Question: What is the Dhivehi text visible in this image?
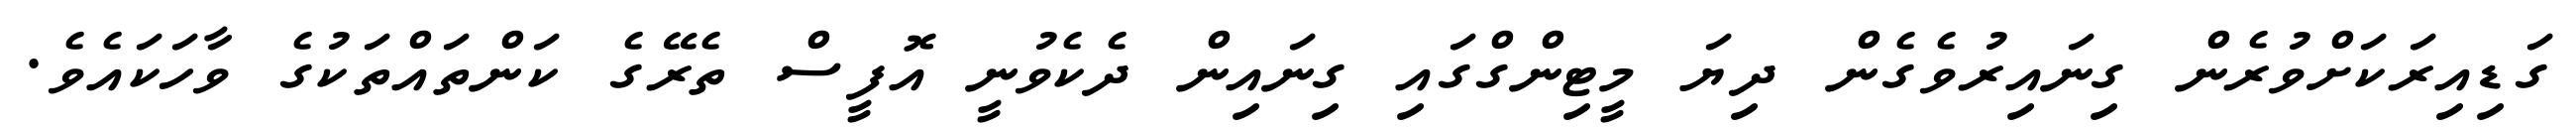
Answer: ގަޑިއިރަކަށްވުރެން ގިނައިރުވެގެން ދިޔަ މީޓިންގްގައި ގިނައިން ދެކެވުނީ އޮފީސް ތެރޭގެ ކަންތައްތަކުގެ ވާހަކައެވެ.